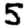
Digit: 5